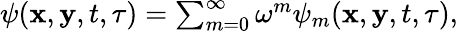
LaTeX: \begin{array}{r}{\psi(\mathbf{x},\mathbf{y},t,\tau)=\sum_{m=0}^{\infty}\omega^{m}\psi_{m}(\mathbf x,\mathbf y,t,\tau),}\end{array}